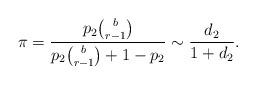
LaTeX: \begin{align*} \pi = \frac{p_2 \binom{b}{r-1}}{p_2 \binom{b}{r-1} + 1-p_2} \sim \frac{d_2}{1+d_2}.\end{align*}